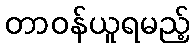
တာဝန်ယူရမည့်